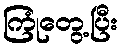
ကြုံတွေ့ပြီး